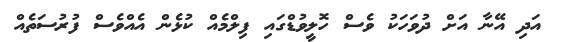
އަދި އޭނާ އަށް ދުވަހަކު ވެސް ހޮލީވުޑްގައި ފިލްމެއް ކުޅެން އެއްވެސް ފުރުސަތެއް